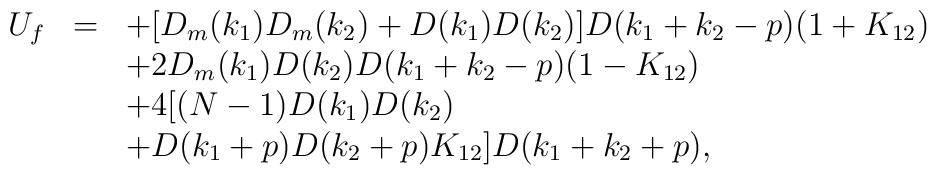
\begin{array}{rcl}U_f&=&\displaystyle +[D_m(k_1)D_m(k_2)+D(k_1)D(k_2)]D(k_1+k_2-p)(1+K_{12})\\&&\displaystyle +2D_m(k_1)D(k_2)D(k_1+k_2-p)(1-K_{12})\\&&\displaystyle +4[(N-1)D(k_1)D(k_2)\\&&\displaystyle +D(k_1+p)D(k_2+p)K_{12}]D(k_1+k_2+p), \end{array}